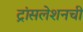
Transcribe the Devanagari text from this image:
ट्रांसलेशनची